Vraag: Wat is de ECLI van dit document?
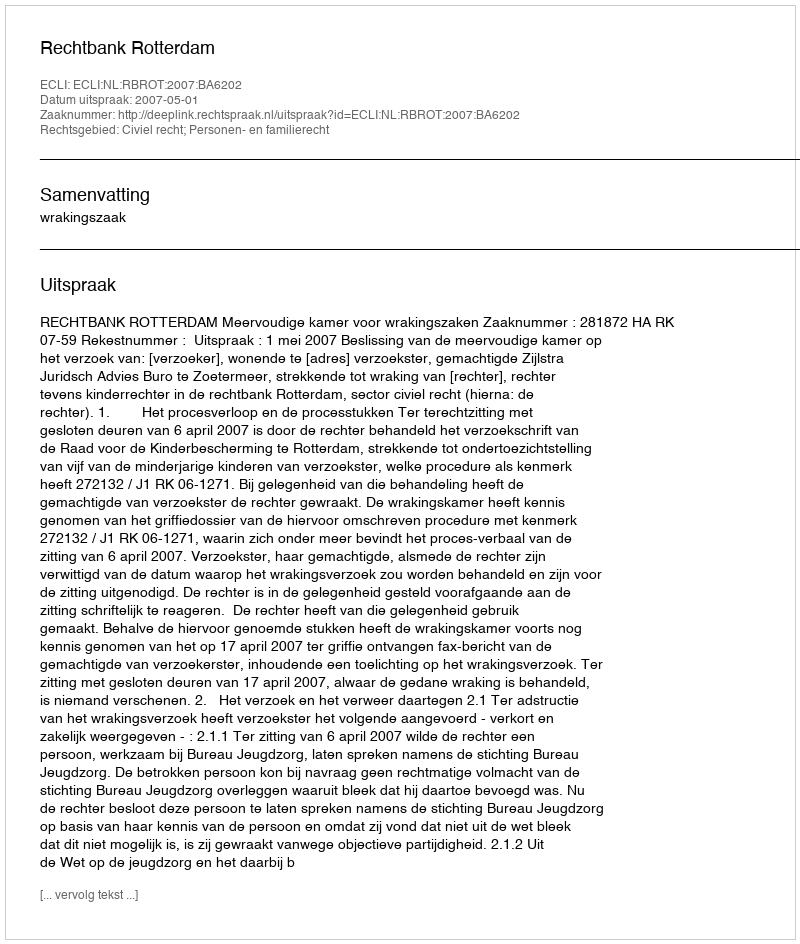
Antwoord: ECLI:NL:RBROT:2007:BA6202